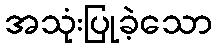
အသုံးပြုခဲ့သော